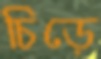
চিড়ে